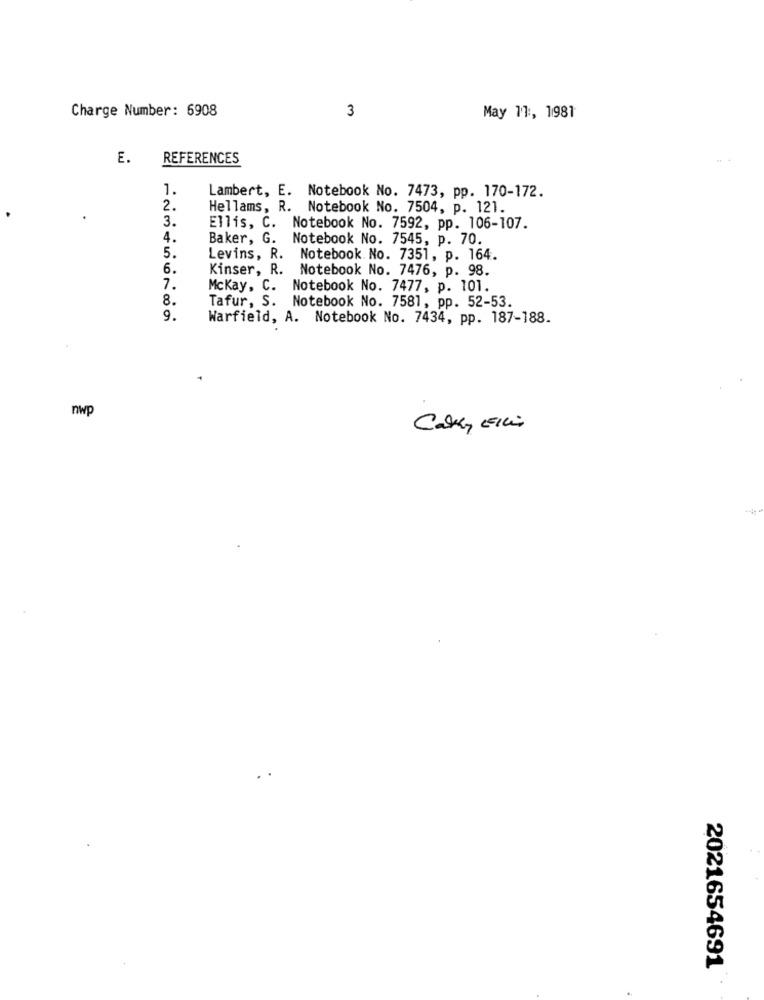
Charge Number: 6908
3
May 11 :, 1981
E.
REFERENCES
1.
Lambert, E. Notebook No. 7473, pp. 170-172.
2.
Hellams, R. Notebook No. 7504, p. 121.
3.
Ellis, C. Notebook No. 7592, pp. 106-107.
4.
Baker, G. Notebook No. 7545, p. 70.
5.
Levins, R. Notebook No. 7351, p. 164.
6.
Kinser, R. Notebook No. 7476, p. 98.
7.
Mckay, C. Notebook No. 7477, p. 101.
8.
Tafur, S. Notebook No. 7581, pp. 52-53.
9.
Warfield, A. Notebook No. 7434, pp. 187-188.
nwp
Calky Ellis
2021654691